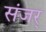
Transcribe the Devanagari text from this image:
संजर्